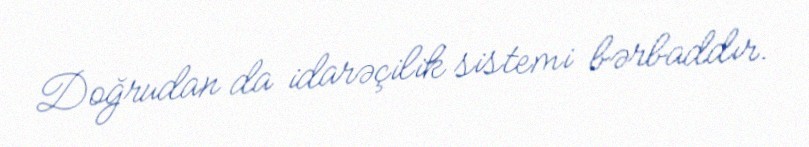
Doğrudan da idarəçilik sistemi bərbaddır.